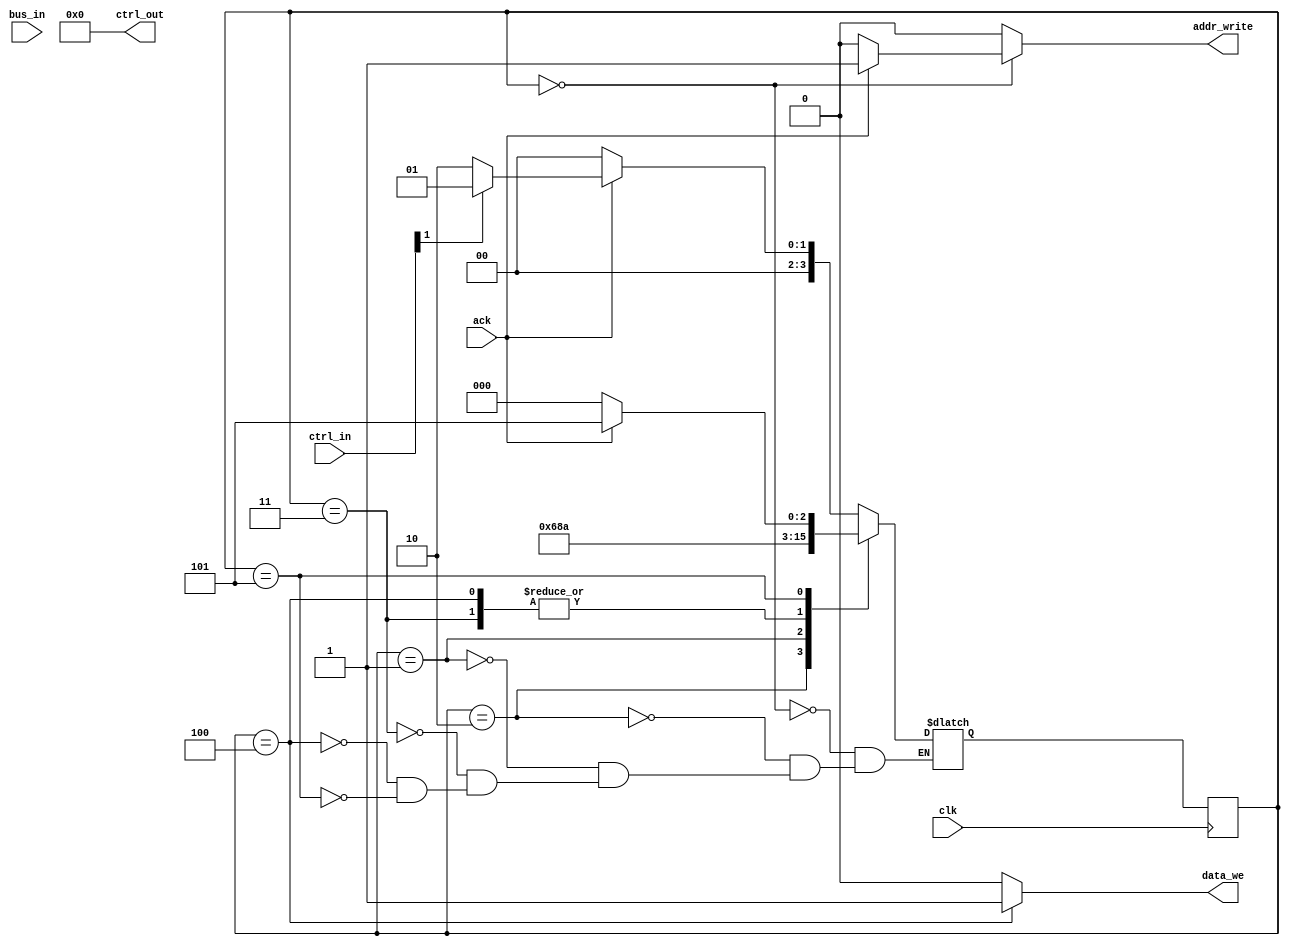
////////////////////////////////////////////////////////////////////////////////////
// Module Name:    acp: the moosebox Audio Co-Processor
// (C) Paul Mayzeles and Michael Schneider. 2014. 
// This code may be used freely as long as the original authors are credited. 
// You may also send us gifts or money if you'd like. 

module acp_mem_interface #(parameter BUS_WIDTH = 32,
                     parameter CTRL_WIDTH = 8)
                    (input [BUS_WIDTH-1:0] bus_in,
                     input ack,
                     input clk,
                     //output [BUS_WIDTH-1:0] bus_out,
                     input [CTRL_WIDTH-1:0] ctrl_in,
                     output [CTRL_WIDTH-1:0] ctrl_out,
							output reg addr_write,
							output reg data_we);
                     
reg [3:0] currentState;
reg [3:0] nextState;

parameter LATENCY = 2;

parameter STATE_WAIT_FOR_ACK = 0;
parameter STATE_WRITE_WAIT = 1;
parameter STATE_READ_WAIT = 2;
parameter STATE_READ_DATA = 3;
parameter STATE_WRITE_DATA = 4;
parameter STATE_FINISH = 5;

wire we;
assign we = ctrl_in[1];

reg wait_out;
assign ctrl_out = {7'b0,
                   wait_out
                  };

reg [3:0] burst_length;

reg [3:0] counter;
reg [3:0] latencyCounter;

reg [31:0] data [7:0];
//reg data_we;

initial begin
    currentState <= 0;
    nextState <= 0;
    counter <= 0;
end

always@(posedge clk) begin
    currentState <= nextState;
end

reg latency_counter_en;
reg counter_en;

//counters
//output reg addr_write;
/*
always@(posedge clk) begin
    if (counter_en) begin
        if (addr_write) begin
            counter <= bus_in;
        end
        else begin
            counter <= counter + 1;
        end
    end
    else begin
        counter <= counter;
    end
end
*/

reg latency_counter_reset;
/*
always@(posedge clk) begin
    if (latency_counter_reset) begin
        latencyCounter <= 0;
    end
    else begin
        if (latency_counter_en) begin
            latencyCounter <= latencyCounter + 1;
        end
        else begin
            latencyCounter <= latencyCounter;
        end
    end
end
*/
reg burst_write;
always@(posedge clk) begin
    if (burst_write) begin
        burst_length <= ctrl_in[4:2];
    end
    else begin
        burst_length <= burst_length;
    end
end

reg[2:0] burst_length_bcd;
always@(*) begin
    case (burst_length)
        3'b000: burst_length_bcd = 1;
        3'b001: burst_length_bcd = 2;
        3'b010: burst_length_bcd = 4;
        3'b011: burst_length_bcd = 8;
        default: burst_length_bcd = 1;
    endcase
end

reg [4:0] starting_addr;
always@(posedge clk) begin
    if (addr_write) begin
        starting_addr <= bus_in;
    end
end

//Data R/W
//assign bus_out = data[counter];

/* 
always@(posedge clk) begin
    if (data_we) begin
        data[counter] <= bus_in;
    end
    else begin
        data[counter] <= data[counter];
    end
end
*/ 

// Outputs
always@(*) begin
    case (currentState)
        STATE_WAIT_FOR_ACK: begin
				if(ack)
					begin
						addr_write <= 1;
					end
				else
					begin
						addr_write <= 0;
					end
            burst_write <= 1;
            latency_counter_en <= 0;
            latency_counter_reset <= 1;
            counter_en <= 1;
            wait_out <= 0;
            data_we <= 0;
        end
        STATE_READ_WAIT: begin
            addr_write <= 0;
            burst_write <= 0;
            latency_counter_en <= 1;
            latency_counter_reset <= 0;
            counter_en <= 0;
            data_we <= 0;
            
            //if (latencyCounter <= LATENCY - 2) begin
            //    wait_out <= 1;
           // end
           // else begin
                wait_out <= 0;
          //  end
        end
        STATE_WRITE_WAIT: begin
            addr_write <= 0;
            burst_write <= 0;
            latency_counter_en <= 1;
            latency_counter_reset <= 0;
            counter_en <= 0;
            data_we <= 0;
            
          //  if (latencyCounter <= LATENCY - 2) begin
          //      wait_out <= 1;
         //   end
          //  else begin
                wait_out <= 0;
         //   end
        end
        STATE_READ_DATA: begin
            addr_write <= 0;
            burst_write <= 0;
            counter_en <= 1;
            latency_counter_en <= 0;
            latency_counter_reset <= 0;
            wait_out <= 0;
            data_we <= 0;
        end
        STATE_WRITE_DATA: begin
            addr_write <= 0;
            burst_write <= 0;
            counter_en <= 1;
            latency_counter_en <= 0;
            latency_counter_reset <= 0;
            wait_out <= 0;
            data_we <= 1;
        end
        STATE_FINISH: begin
            addr_write <= 0;
            burst_write <= 0;
            latency_counter_en <= 0;
            latency_counter_reset <= 0;
            counter_en <= 0;
            wait_out <= 0;
            data_we <= 0;
        end
        default: begin
            addr_write <= 0;
            burst_write <= 0;
            latency_counter_en <= 0;
            latency_counter_reset <= 0;
            counter_en <= 0;
            wait_out <= 0;
            data_we <= 0;
        end
    endcase
end

// next state logic
always@(*) begin
    case (currentState)
        STATE_WAIT_FOR_ACK: begin
            if (ack) begin
                if (we) begin
                    nextState <= STATE_WRITE_WAIT;
                end
                else begin
                    nextState <= STATE_READ_WAIT;
                end
            end
            else begin
                nextState <= STATE_WAIT_FOR_ACK;
            end
        end
        STATE_READ_WAIT: begin
           // if (latencyCounter == LATENCY - 1) begin
               nextState <= STATE_READ_DATA;
          //  end
          //  else begin
         //       nextState <= STATE_READ_WAIT;
          //  end
        end
        STATE_WRITE_WAIT: begin
           // if (latencyCounter == LATENCY- 1) begin
                nextState <= STATE_WRITE_DATA;
          //  end 
          //  else begin
          //      nextState <= STATE_WRITE_WAIT;
          //  end
        end
        STATE_READ_DATA: begin
         //   if (counter == burst_length_bcd + starting_addr - 1) begin
                nextState <= STATE_FINISH;
         //   end
         //   else begin
         //       nextState <= STATE_READ_DATA;
         //   end
        end
        STATE_WRITE_DATA: begin
         //   if (counter == burst_length_bcd + starting_addr - 1) begin
                nextState <= STATE_FINISH;
         //   end
         //   else begin
         //       nextState <= STATE_WRITE_DATA;
         //   end
        end
        STATE_FINISH: begin
            if (ack) begin
                nextState <= STATE_FINISH;
            end
            else begin
                nextState <= STATE_WAIT_FOR_ACK;
            end
        end
    endcase
end

endmodule